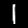
Digit: 1